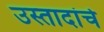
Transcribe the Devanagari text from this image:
उस्तादांचे